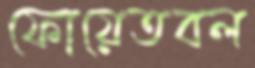
ফোয়েতবল